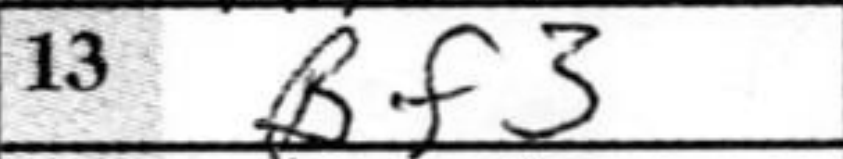
Transcription: Bf3